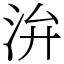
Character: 㳎